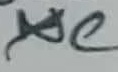
Text: C